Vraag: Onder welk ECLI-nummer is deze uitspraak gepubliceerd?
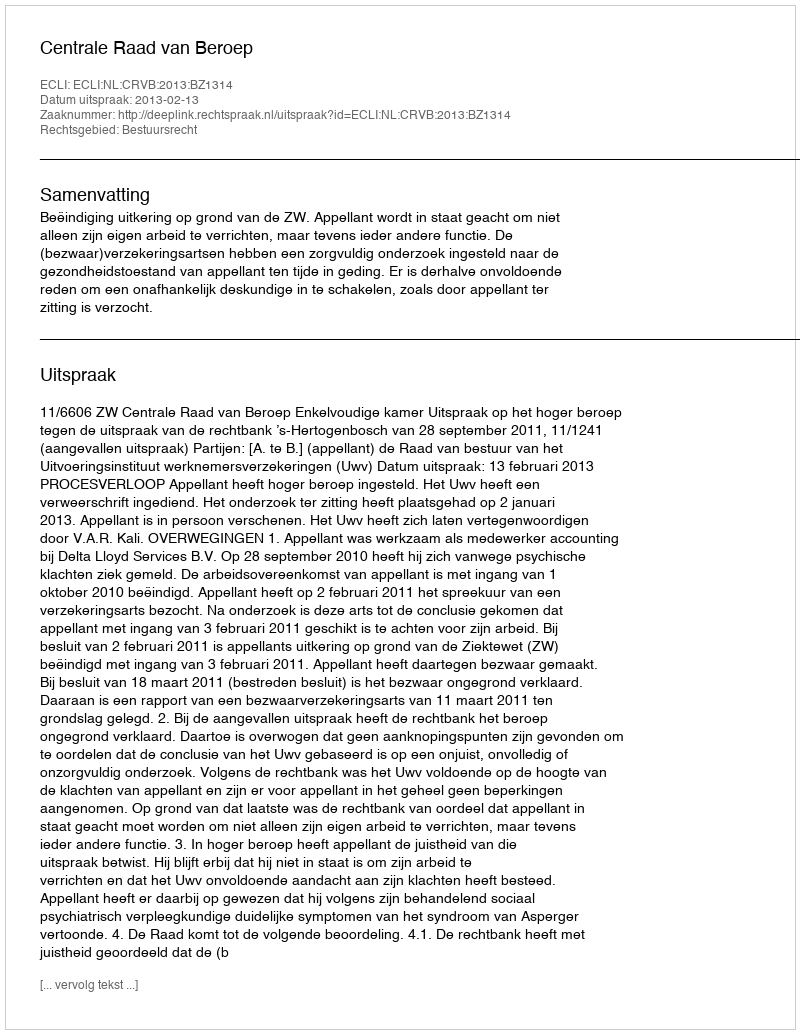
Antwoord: ECLI:NL:CRVB:2013:BZ1314